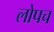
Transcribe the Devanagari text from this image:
लोपच